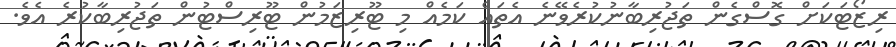
ރިޒޯޓަކަށް ގޮސްގެން ތަޖުރިބާނުކުރެވޭނެ އެތައް ކަމެއް މި ޓޫރިޒަމުން ޓޫރިސްޓުން ތަޖުރިބާކުރެ އެވެ.